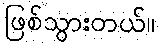
ဖြစ်သွားတယ်။